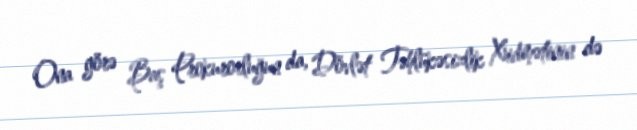
Ona görə Baş Prokurorluğun da, Dövlət Təhlükəsizlik Xidmətinin də